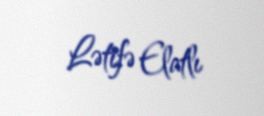
Lətifə Elatlı